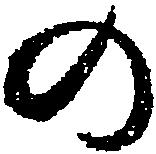
の